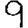
Digit: 9